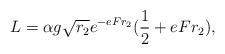
LaTeX: \begin{align*}L=\alpha g\sqrt{r_2}e^{-eFr_2}({1\over 2}+eFr_2), \end{align*}